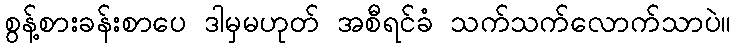
စွန့်စားခန်းစာပေ ဒါမှမဟုတ် အစီရင်ခံ သက်သက်လောက်သာပဲ။